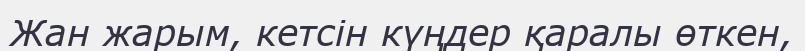
Жан жарым, кетсін күңдер қаралы өткен,